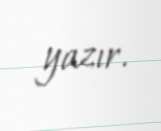
yazır.